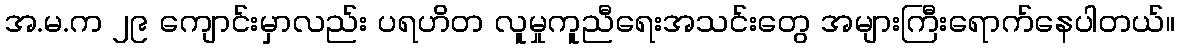
အ.မ.က ၂၉ ကျောင်းမှာလည်း ပရဟိတ လူမှုကူညီရေးအသင်းတွေ အများကြီးရောက်နေပါတယ်။